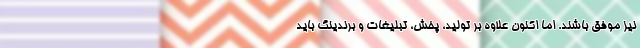
نیز موفق باشند. اما اکنون علاوه بر تولید، پخش، تبلیغات و برندینگ باید